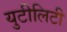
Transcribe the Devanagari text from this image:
युटीलिटी